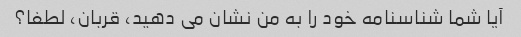
آیا شما شناسنامه خود را به من نشان می دهید، قربان، لطفا؟